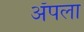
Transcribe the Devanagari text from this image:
अॅपला